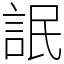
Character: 䛉